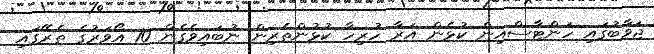
ޖަވާބުގައި ހަންޓާސްއިން ކުޅެން އަރާ ހުރިހާ ކުޅުންތެރިން ނުބައިވެގެން 10 އޯވަރުގެ ތެރޭގައި